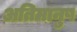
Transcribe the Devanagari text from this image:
अतिमानुष